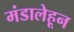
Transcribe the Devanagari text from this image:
मंडालेहून